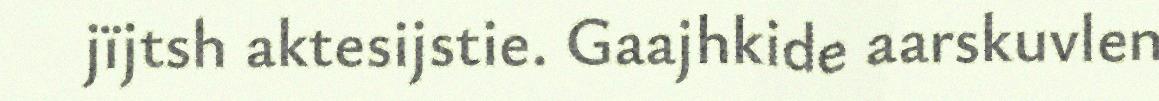
jïjtsh aktesijstie. Gaajhkide aarskuvlen